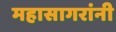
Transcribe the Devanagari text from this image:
महासागरांनी